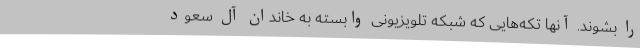
را بشوند. آنها تکه‌هایی که شبکه تلویزیونی وابسته به خاندان آل سعود